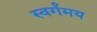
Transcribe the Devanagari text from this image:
स्वर्गंमय